Indian journal of veterinary science and animal husbandry - Volume 12,
Year: 1942
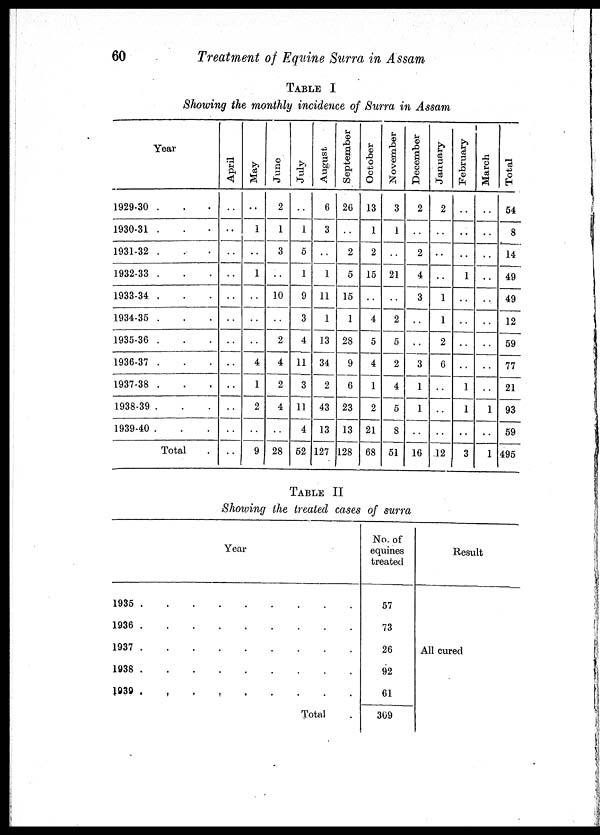
60
Treatment of Equine Surra in Assam
TABLE I
Showing the monthly incidence of Surra in Assam
Year
1929-30 . . .
1930-31 . . .
1931-32 . . .
1932-33 . . .
1933-34 . . .
1934-35 . . .
1935-36 . . .
1936-37 . . .
1937-38 . . .
1938-39 . . .
1939-40 . . .
Total .
April
..
..
..
..
..
..
..
..
..
..
..
..
May
..
1
..
1
..
..
..
4
1
2
..
9
June
2
1
3
..
10
..
2
4
2
4
..
28
July
..
1
5
1
9
3
4
11
3
11
4
52
August
6
3
..
1
11
1
13
34
2
43
13
127
September
26
..
2
5
15
1
28
9
6
23
13
128
October
13
1
2
15
..
4
5
4
1
2
21
68
November
3
1
..
21
..
2
5
2
4
5
8
51
December
2
..
2
4
3
..
..
3
1
1
..
16
January
2
..
..
..
1
1
2
6
..
..
..
12
February
..
..
..
1
..
..
..
..
1
1
..
3
March
..
..
..
..
..
..
..
..
..
1
..
1
Total
54
8
14
49
49
12
59
77
21
93
59
495
TABLE II
Showing the treated cases of surra
Year
1935. . . . . . . . .
1936. . . . . . . . .
1937. . . . . . . . .
1938. . . . . . . . .
1939. . . . . . . . .
Total .
No of
equines
treated
57
73
26
92
61
309
Result
All cured